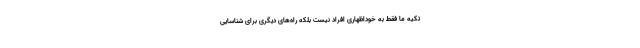
تکیه ما فقط به خوداظهاری افراد نیست بلکه راه‌های دیگری برای شناسایی